Report of the Indian Hemp Drugs Commission, 1894-1895 - Volume VI
Year: 1894
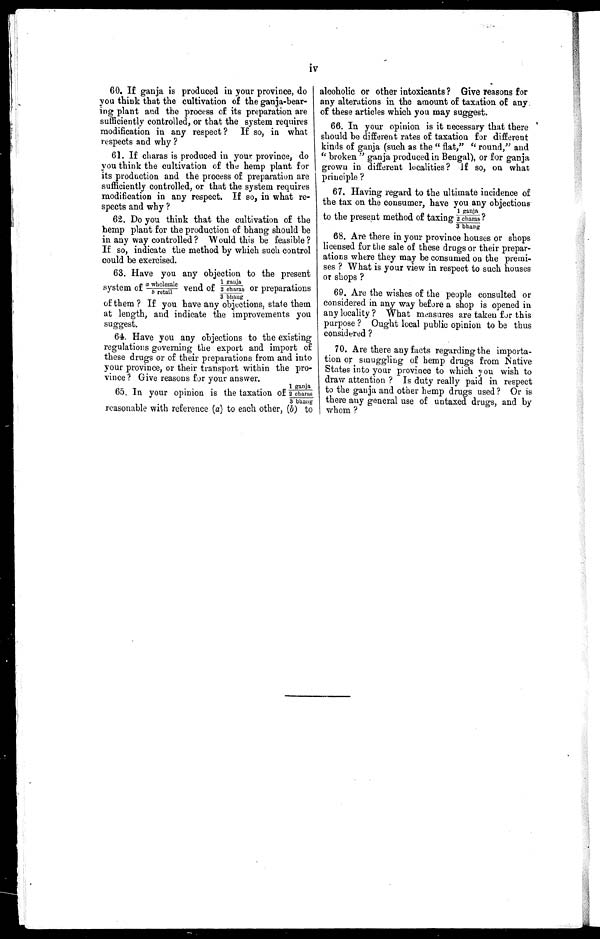
iv
60. If ganja is produced in your province, do
you think that the cultivation of the ganja-bear
- i n g p l a n t a n d t h e p r o c e s s o f i t s p r e p a r a t i o n a r e
sufficiently controlled, or that the system requires
modification in any respect? If so, in what
respects and why ?
61. If charas is produced in your province, do
you think the cultivation of the hemp plant for
its production and the process of preparation are
sufficiently controlled, or that the system requires
modification in any respect. If so, in what re-
spects and why ?
62. Do you think that the cultivation of the
hemp plant for the production of bhang should be
in any way controlled? Would this be feasible?
If so, indicate the method by which such control
could be exercised.
63. Have you any objection to the present
system of a whol esal e/b retai l vend of 1 ganj a/2 charas/3 bhang or preparati ons
of them? If you have any objections, state them
at length, and indicate the improvements you
suggest.
64. Have you any objections to the existing
regulations governing the export and import of
these drugs or of their preparations from and into
your province, or their transport within the pro-
vince? Give reasons for your answer.
65. In your opinion is the taxation of 1 ganja/2 char as/ 3 bhaug
reasonable with reference (a) to each other, (b) to
alcoholic or other intoxicants? Give reasons for
any alterations in the amount of taxation of any
of these articles which you may suggest.
66. In your opinion is it necessary that there
should be different rates of taxation for different
kinds of ganja (such as the "flat," "round," and
" broken " ganja produced in Bengal), or for ganja
grown in different localities? If so, on what
principle?
67. Having regard to the ultimate incidence of
the tax on the consumer, have you any objections
to the present method of taxing 1 ganja/2 charas/3 bha
n g ?
68.
68. Are there in your province houses or shops
licensed for the sale of these drugs or their prepar
-ations where they may be consumed on the premi
- s e s ? W h a t i s y o u r v i e w i n r e s p e c t t o s u c h h o u s e s
or shops?
69.
Are the wishes of the people consulted or
considered in any way before a shop is opened in
any locality? What measures are taken for this
purpose? Ought local public opinion to be thus
considered?
70.
Are there any facts regarding the importa
- t i o n o r s m u g g l i n g o f h e m p d r u g s f r o m N a t i v e
States into your province to which you wish to
draw attention? Is duty really paid in respect
to the ganja and other hemp drugs used? Or is
there any general use of untaxed drugs, and by
whom?